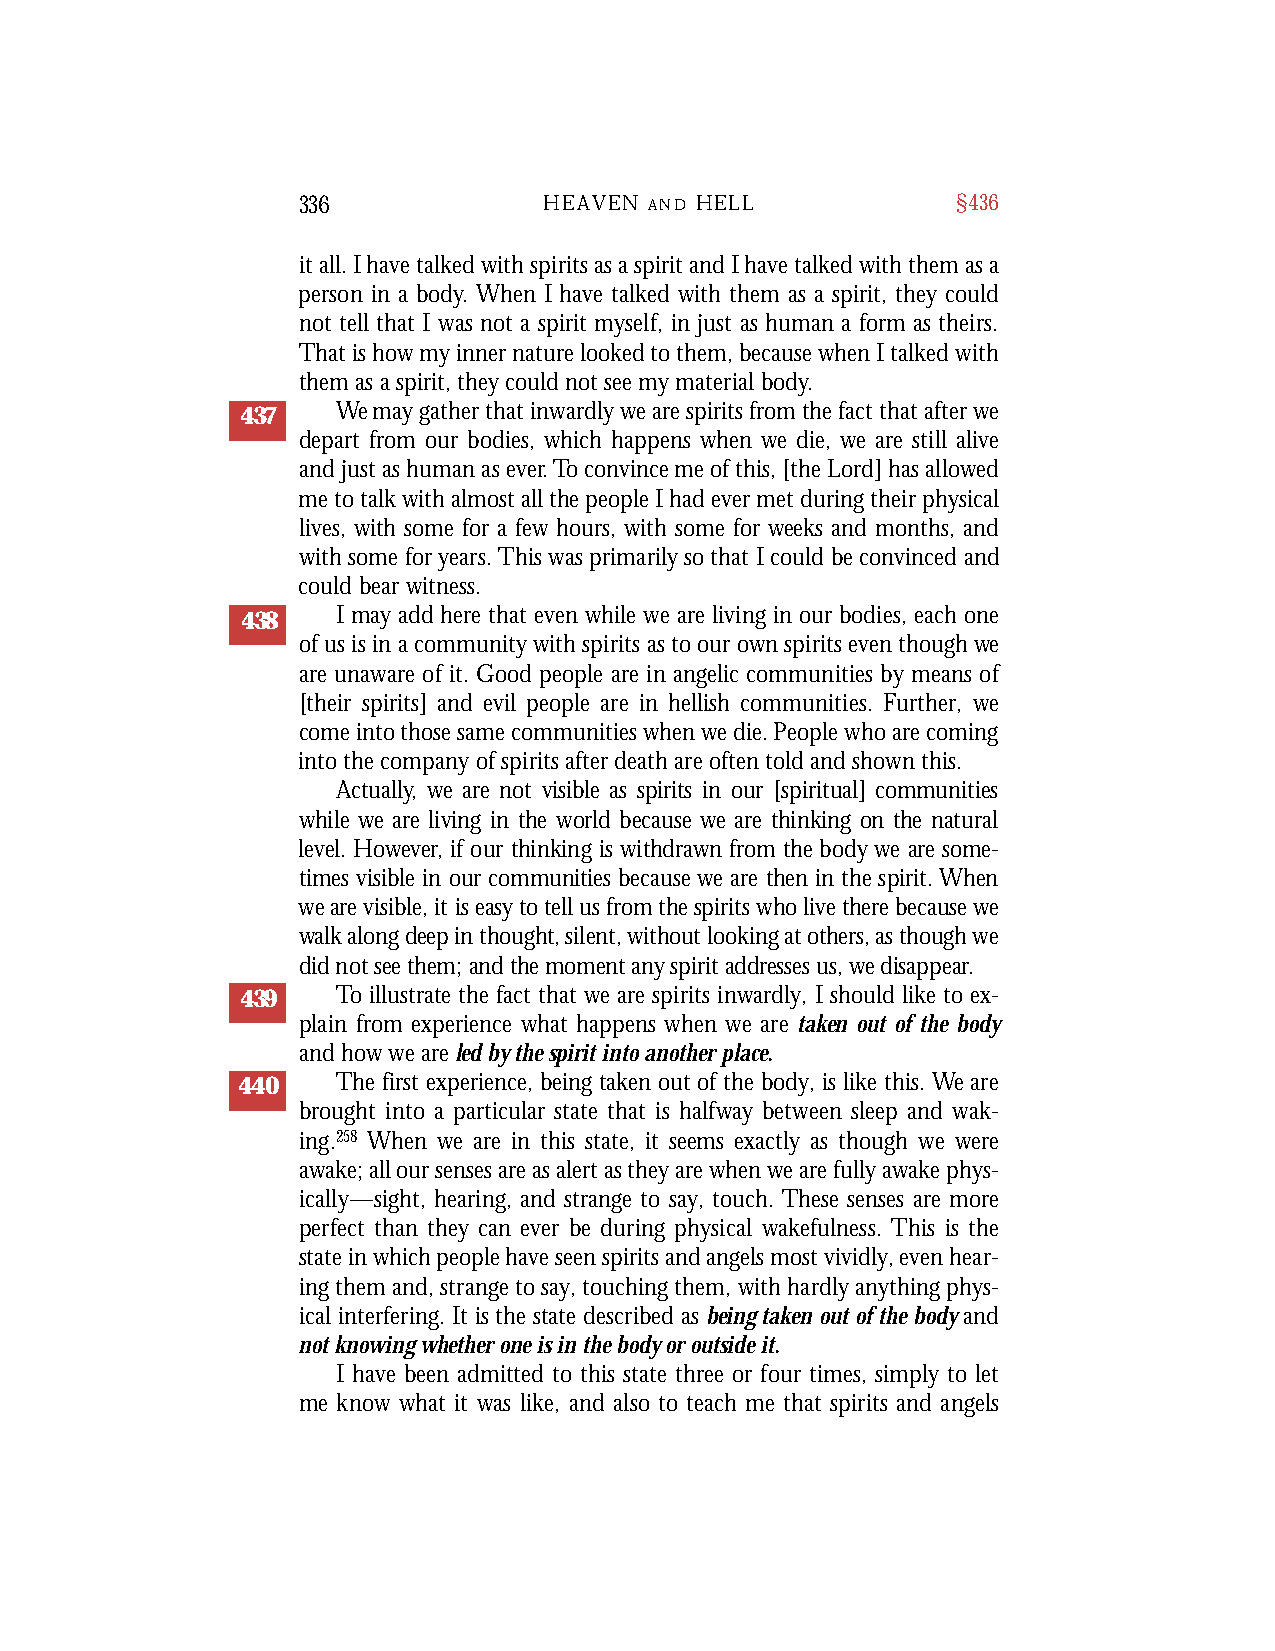
336             HEAVEN A N D H E L L       §436
 it all. I have talked with spirits as a spirit and I have talked with them as a
 person in a body. When I have talked with them as a spirit, they could
 not tell that I was not a spirit myself, in just as human a form as theirs.
 That is how my inner nature looked to them, because when I talked with
 them as a spirit, they could not see my material body.
 437   We may gather that inwardly we are spirits from the fact that after we
 depart from our bodies, which happens when we die, we are still alive
 and just as human as ever.To convince me of this, [the Lord] has allowed
 me to talk with almost all the people I had ever met during their physical
 lives, with some for a few hours, with some for weeks and months, and
 with some for years. This was primarily so that I could be convinced and
 could bear witness.
 438   I may add here that even while we are living in our bodies, each one
 of us is in a community with spirits as to our own spirits even though we
 are unaware of it. Good people are in angelic communities by means of
 [their spirits] and evil people are in hellish communities. Further, we
 come into those same communities when we die. People who are coming
 into the company of spirits after death are often told and shown this.
 Act u a l l y , we are not visible as spirits in our [spiritual] communities
 while we are living in the world because we are thinking on the natural
 le v el. Howev er , if our thinking is withdrawn from the body we are some-
 times visible in our communities because we are then in the spirit. Wh e n
 we are visible, it is easy to tell us from the spirits who live there because we
 walk along deep in thought, silent, without looking at others, as though we
 did not see them; and the moment any spirit addresses us, we disappear.
 439   To illustrate the fact that we are spirits inwardly, I should like to ex-
 plain from experience what happens when we are taken out of the body
 and how we are led by the spirit into another place.
 440   The first experience, being taken out of the body, is like this. We are
 brought into a particular state that is halfway between sleep and wak-
 ing.258 When we are in this state, it seems exactly as though we were
 awake; all our senses are as alert as they are when we are fully awake phys-
 ically—sight, hearing, and strange to say, touch. These senses are more
 perfect than they can ever be during physical wakefulness. This is the
 state in which people have seen spirits and angels most vividly, even hear-
 ing them and, strange to say, touching them, with hardly anything phys-
 ical interfering. It is the state described as being taken out of the bodyand
 not knowing whether one is in the body or outside it.
 I have been admitted to this state three or four times, simply to let
 me know what it was like, and also to teach me that spirits and angels